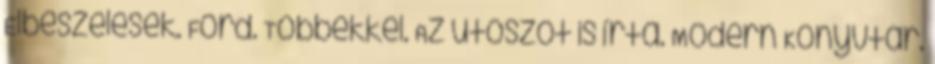
Elbeszélések. Ford. Többekkel. Az utószót is írta. Modern Könyvtár.